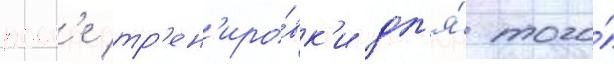
посл'е тр'ен'иро́вк'и дл'я́ того́